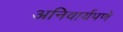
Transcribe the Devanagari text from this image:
अनिवार्यपणे